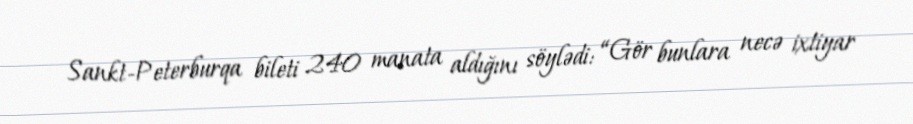
Sankt-Peterburqa bileti 240 manata aldığını söylədi: “Gör bunlara necə ixtiyar